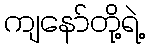
ကျနော်တို့ရဲ့